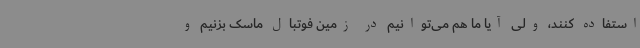
استفاده کنند، ولی آیا ما هم می‌توانیم در زمین فوتبال ماسک بزنیم و